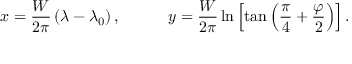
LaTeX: x = { \frac { W } { 2 \pi } } \left( \lambda - \lambda _ { 0 } \right) , \qquad \quad y = { \frac { W } { 2 \pi } } \ln \left[ \tan \left( { \frac { \pi } { 4 } } + { \frac { \varphi } { 2 } } \right) \right] .